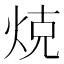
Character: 𭴨